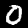
Digit: 0